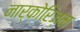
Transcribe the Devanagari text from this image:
नार्कोरिज़म